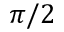
\pi / 2